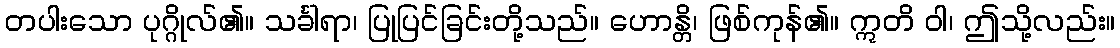
တပါးသော ပုဂ္ဂိုလ်၏။ သင်္ခါရာ၊ ပြုပြင်ခြင်းတို့သည်။ ဟောန္တိ၊ ဖြစ်ကုန်၏။ ဣတိ ဝါ၊ ဤသို့လည်း။